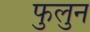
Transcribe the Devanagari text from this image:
फुलुन